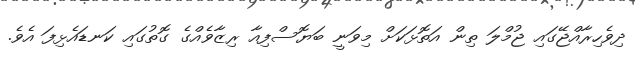
ދިވެހިރާއްޖޭގައި ޖުމްލަ ތިން އަތޮޅަކަށް މިވަނީ ބަޔޮސްފިއާ ރިޒާވެއްގެ ގޮތުގައި ކަނޑައެޅިފަ އެވެ.